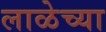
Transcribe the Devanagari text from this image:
लाळेच्या